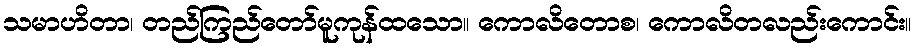
သမာဟိတာ၊ တည်ကြည်တော်မူကုန်ထသော။ ကောလိတောစ၊ ကောလိတလည်းကောင်း။